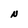
Character: N